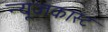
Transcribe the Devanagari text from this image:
न्यूज़कास्ट